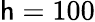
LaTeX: \mathsf{h}=100